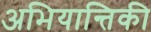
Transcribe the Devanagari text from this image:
अभियान्तिकी